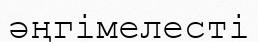
әңгімелесті